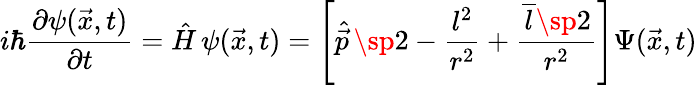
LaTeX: i\hbar{\frac{\partial\psi(\vec{x},t)}{\partial t}}=\hat{H}\, \psi(\vec{x},t)=\left[\hat{\vec{p}}\, \sp 2-{\frac{l^{2}}{r^{2}}}+{\frac{\overline{{{l}}}\sp 2}{r^{2}}}\right]\Psi(\vec{x},t)